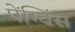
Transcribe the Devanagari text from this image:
पेंग्विंस